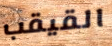
القيقب